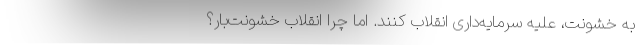
به خشونت، علیه سرمایه‌داری انقلاب کنند. اما چرا انقلاب خشونت‌بار؟